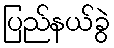
ပြည်နယ်ခွဲ